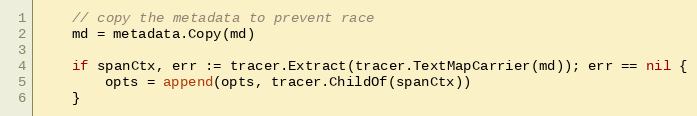
Language: Go
	// copy the metadata to prevent race
	md = metadata.Copy(md)

	if spanCtx, err := tracer.Extract(tracer.TextMapCarrier(md)); err == nil {
		opts = append(opts, tracer.ChildOf(spanCtx))
	}